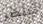
تنتصر